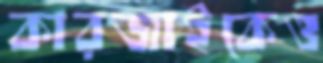
কারজাইকেও